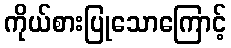
ကိုယ်စားပြုသောကြောင့်